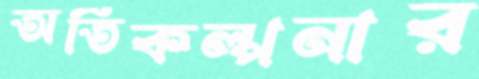
অতিকল্পনার